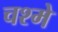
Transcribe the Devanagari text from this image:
चश्‍मे